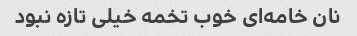
نان خامه‌ای خوب تخمه خیلی تازه نبود